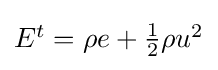
{\textstyle E^{t}=\rho e+{\frac {1}{2}}\rho u^{2}}